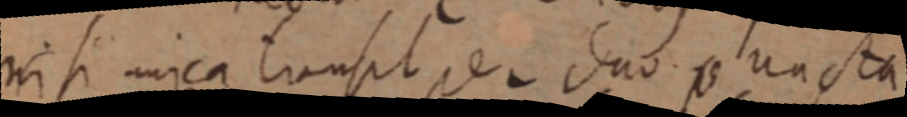
nisi unica transit per duo puncta